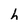
Character: h